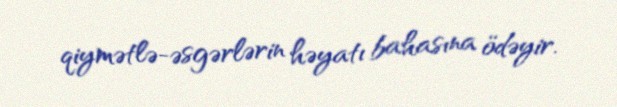
qiymətlə-əsgərlərin həyatı bahasına ödəyir.